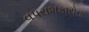
વપરાશકારોના